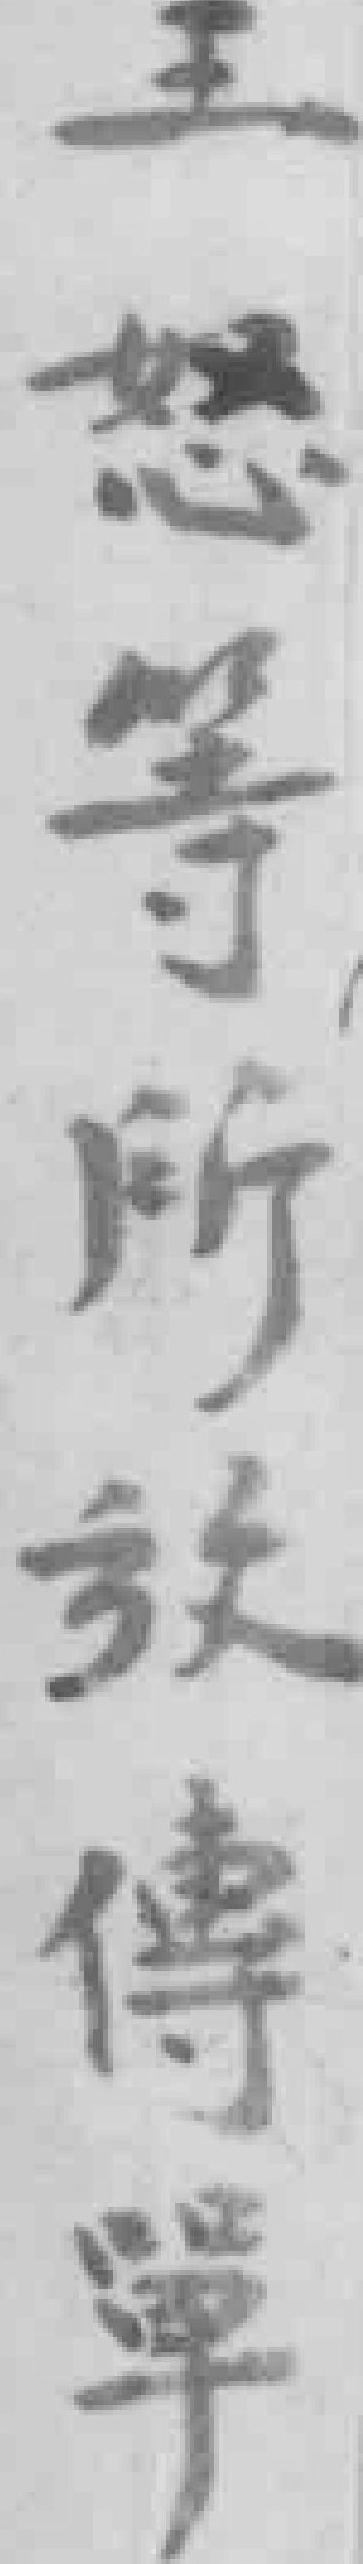
王怒等所放傳單